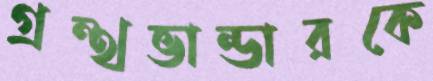
গ্রন্থভান্ডারকে